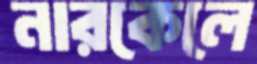
নারকেলে